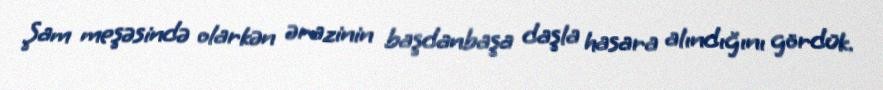
Şam meşəsində olarkən ərazinin başdanbaşa daşla hasara alındığını gördük.